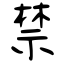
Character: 禁